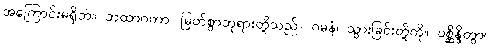
အကြောင်းမရှိဘဲ။ တထာဂတာ၊ မြတ်စွာဘုရားတို့သည်။ ဂမနံ၊ သွားခြင်းတို့ကို။ ပစ္ဆိန္ဒိတွာ၊